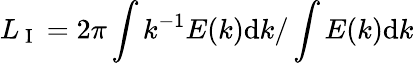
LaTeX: L_{\mathrm{~I~}}=2\pi\int k^{-1}E(k)\mathrm{d}k/\int E(k)\mathrm{d}k